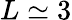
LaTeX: L\simeq 3